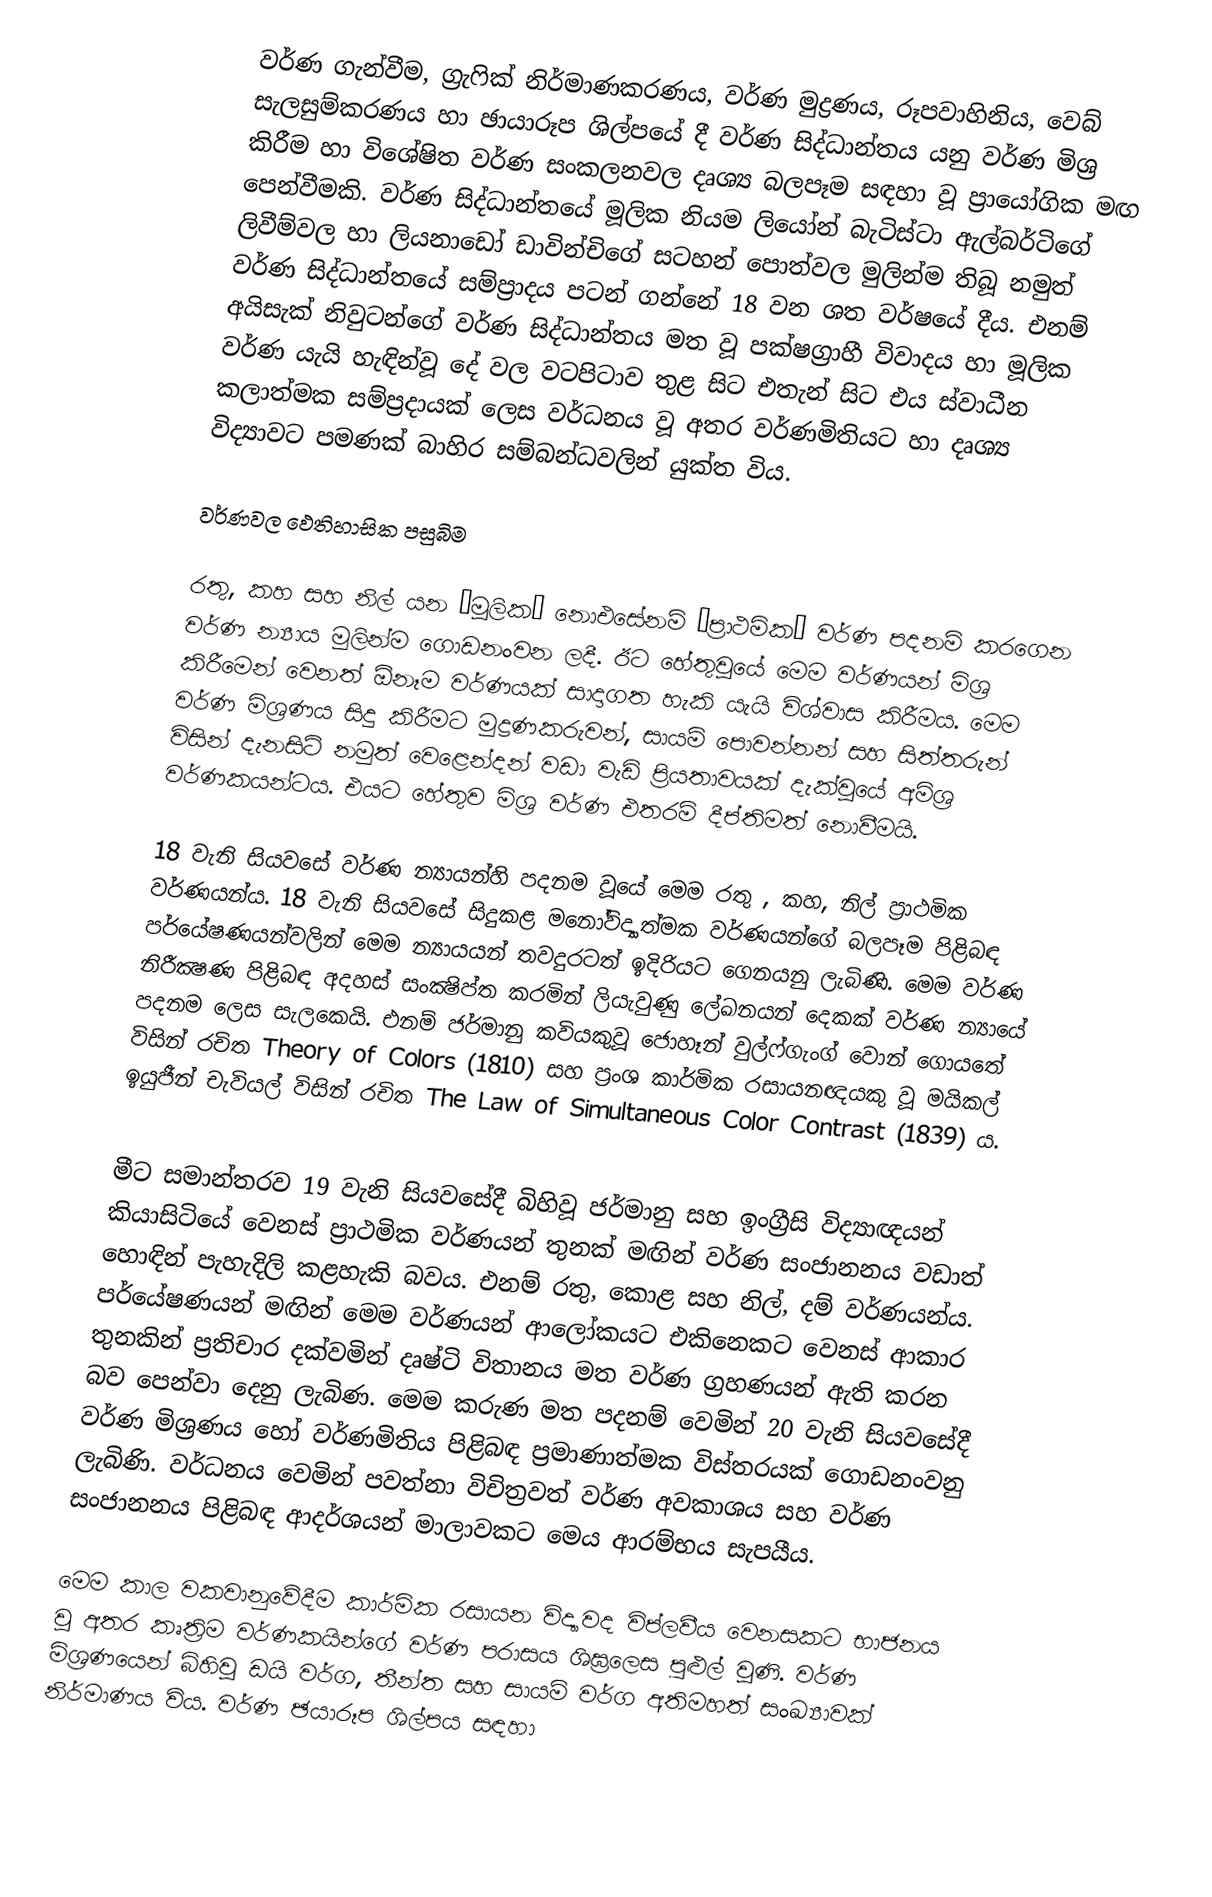
වර්ණ ගැන්වීම, ග්‍රැෆික් නිර්මාණකරණය, වර්ණ මුද්‍රණය, රූපවාහිනිය, වෙබ් සැලසුම්කරණය හා ඡායාරූප ශිල්පයේ දී වර්ණ සිද්ධාන්තය යනු වර්ණ මිශ්‍ර කිරීම හා විශේෂිත වර්ණ සංකලනවල දෘශ්‍ය බලපෑම සඳහා වූ ප්‍රායෝගික මඟ පෙන්වීමකි. වර්ණ සිද්ධාන්තයේ මූලික නියම ලියෝන් බැටිස්ටා ඇල්බර්ටිගේ ලිවීම්වල හා ලියනාඩෝ ඩාවින්චිගේ සටහන් පොත්වල මුලින්ම තිබූ නමුත් වර්ණ සිද්ධාන්තයේ සම්ප්‍රාද‍ය පටන් ගන්නේ 18 වන ශත වර්ෂයේ දීය. එනම් අයිසැක් නිවුටන්ගේ වර්ණ සිද්ධාන්තය මත වූ පක්ෂග්‍රාහී විවාදය හා මූලික වර්ණ යැයි හැඳින්වූ දේ වල වටපිටාව තුළ සිට එතැන් සිට එය ස්වාධීන කලාත්මක සම්ප්‍රදායක් ලෙස වර්ධනය වූ අතර වර්ණමිතියට හා දෘශ්‍ය විද්‍යාවට පමණක් බාහිර සම්බන්ධවලින් යුක්ත විය.

වර්ණවල ඵෙතිහාසික පසුබිම

රතු, කහ සහ නිල් යන ‘මූලික’ නොඑසේනම් ‘ප්‍රාථමික’ වර්ණ පදනම් කරගෙන වර්ණ න්‍යාය මුලින්ම ගොඩනංවන ලදී. ඊට හේතුවූයේ මෙම වර්ණයන් මිශ්‍ර කිරීමෙන් වෙනත්  ඕනෑම වර්ණයක් සාදාගත හැකි යැයි විශ්වාස කිරීමය. මෙම වර්ණ මිශ්‍රණය සිදු කිරීමට මුද්‍රණකරුවන්, සායම් පොවන්නන් සහ සිත්තරුන් විසින් දැනසිටි නමුත් වෙළෙන්දන් වඩා වැඩි ප්‍රියතාවයක් දැක්වූයේ අමිශ්‍ර වර්ණකයන්ටය. එයට හේතුව මිශ්‍ර වර්ණ එතරම් දීප්තිමත් නොවීමයි.

18 වැනි සියවසේ වර්ණ න්‍යායන්හි පදනම වූයේ මෙම රතු , කහ, නිල් ප්‍රාථමික වර්ණයන්ය. 18 වැනි සියවසේ සිදුකළ මනෝවිද්‍යාත්මක වර්ණයන්ගේ බලපෑම පිළිබඳ පර්යේෂණයන්වලින් මෙම න්‍යායයන් තවදුරටත් ඉදිරියට ගෙනයනු ලැබිණි. මෙම වර්ණ නිරීක්‍ෂණ පිළිබඳ අදහස් සංක්‍ෂිප්ත කරමින් ලියැවුණු ලේඛනයන් දෙකක් වර්ණ න්‍යායේ පදනම ලෙස සැලකෙයි. එනම් ජර්මානු කවියකුවූ ජොහෑන් වුල්ෆ්ගැංග් වොන් ගොයතේ විසින් රචිත Theory of Colors (1810) සහ ප්‍රංශ කාර්මික රසායනඥයකු වූ මයිකල් ඉයුජීන් චැවියල් විසින් රචිත The Law of Simultaneous Color Contrast (1839) ය.

මීට සමාන්තරව 19 වැනි සියවසේදී බිහිවූ ජර්මානු සහ ඉංග්‍රීසි විද්‍යාඥයන් කියාසිටියේ වෙනස් ප්‍රාථමික වර්ණයන් තුනක් මඟින් වර්ණ සංජානනය වඩාත් හොඳින් පැහැදිලි කළහැකි බවය. එනම් රතු, කොළ සහ නිල්, දම් වර්ණයන්ය. පර්යේෂණයන් මඟින් මෙම වර්ණයන් ආලෝකයට එකිනෙකට වෙනස් ආකාර තුනකින් ප්‍රතිචාර දක්වමින් දෘෂ්ටි විතානය මත වර්ණ ග්‍රහණයන් ඇති කරන බව පෙන්වා දෙනු ලැබිණ. මෙම කරුණ මත පදනම් වෙමින් 20 වැනි සියවසේදී වර්ණ මිශ්‍රණය හෝ වර්ණමිතිය පිළිබඳ ප්‍රමාණාත්මක විස්තරයක් ගොඩනංවනු ලැබිණි. වර්ධනය වෙමින් පවත්නා විචිත්‍රවත් වර්ණ අවකාශය සහ වර්ණ සංජානනය පිළිබඳ ආදර්ශයන් මාලාවකට මෙය ආරම්භය සැපයීය.

මෙම කාල වකවානුවේදීම කාර්මික රසායන විද්‍යාවද විප්ලවීය වෙනසකට භාජනය වූ අතර කෘත්‍රිම වර්ණකයින්ගේ වර්ණ පරාසය ශිඝ්‍රලෙස පුළුල් වූණි. වර්ණ මිශ්‍රණයෙන් බිහිවූ ඩයි වර්ග, තීන්ත සහ සායම් වර්ග අතිමහත් සංඛ්‍යාවක් නිර්මාණය විය. වර්ණ ඡයාරූප ශිල්පය සඳහා